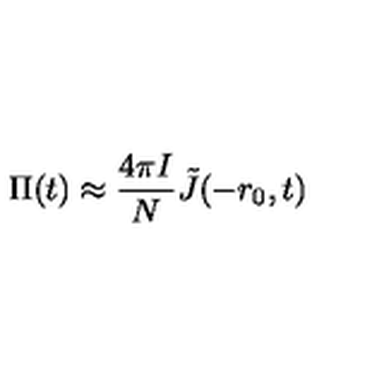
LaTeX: \Pi ( t ) \approx { \frac { 4 \pi I } { N } } \tilde { J } ( - r _ { 0 } , t )